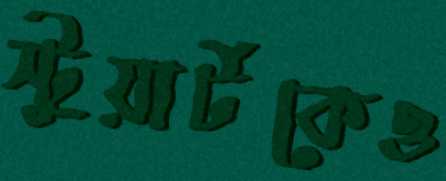
স্টুয়ার্টকেও